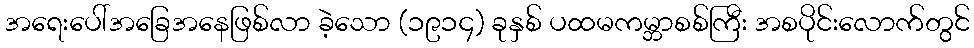
အရေးပေါ်အခြေအနေဖြစ်လာ ခဲ့သော (၁၉၁၄) ခုနှစ် ပထမကမ္ဘာစစ်ကြီး အစပိုင်းလောက်တွင်